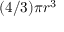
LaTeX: ( 4 / 3 ) \pi r ^ { 3 }